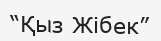
“Қыз Жібек”